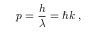
p = { \frac { h } { \lambda } } = \hbar k \; ,